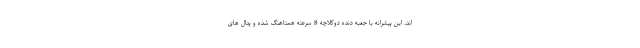
اند. این پیشرانه با جعبه دنده دوکلاچه 8 سرعته همتاهنگ شده و پدال های